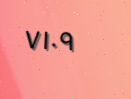
٧١٠٩